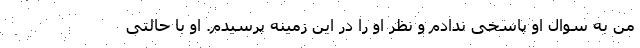
من به سوال او پاسخی ندادم و نظر او را در این زمینه پرسیدم. او با حالتی